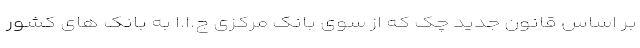
بر اساس قانون جدید چک که از سوی بانک مرکزی ج.ا.ا به بانک های کشور